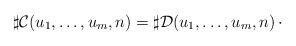
LaTeX: \begin{align*}\sharp \mathcal{C}(u_1,\dots,u_m,n) = \sharp \mathcal{D}(u_1,\dots,u_m,n)\,\cdot\end{align*}